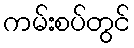
ကမ်းစပ်တွင်